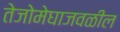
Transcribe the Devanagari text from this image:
तेजोमेघाजवळील